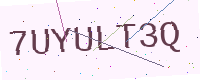
Text: 7UYULT3Q